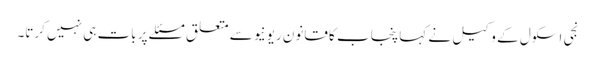
نجی اسکول کے وکیل نے کہا پنجاب کا قانون ریونیو سے متعلق مسئلے پر بات ہی نہیں کرتا۔